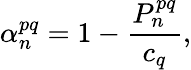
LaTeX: \alpha_{n}^{pq}=1-\frac{P_{n}^{pq}}{c_{q}},